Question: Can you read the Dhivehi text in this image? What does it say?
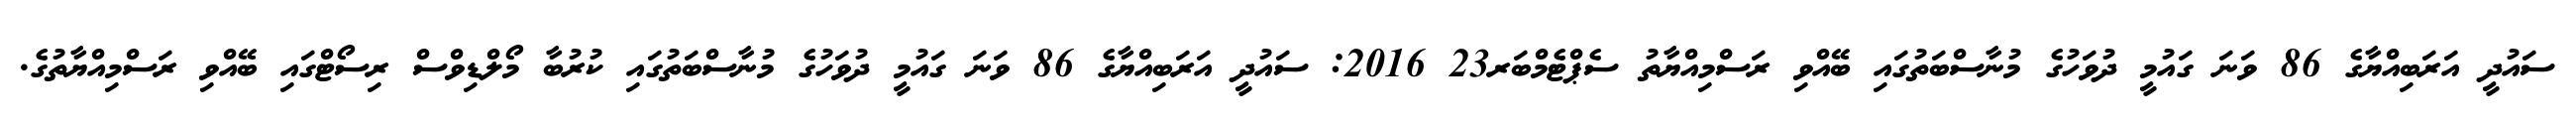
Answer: ސައުދީ އަރަބިއްޔާގެ 86 ވަނަ ގައުމީ ދުވަހުގެ މުނާސްބަތުގައި ބޭއްވި ރަސްމިއްޔާތު ސެޕްޓެމްބަރ23 2016: ސައުދީ އަރަބިއްޔާގެ 86 ވަނަ ގައުމީ ދުވަހުގެ މުނާސްބަތުގައި ކުރުބާ މޯލްޑިވްސް ރިސޯޓްގައި ބޭއްވި ރަސްމިއްޔާތުގެ.